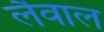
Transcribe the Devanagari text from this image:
लैवाल